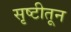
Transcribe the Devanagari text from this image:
सृष्टीतून